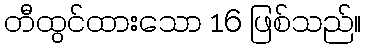
တီထွင်ထားသော 16 ဖြစ်သည်။